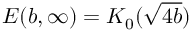
E ( b , \infty ) = K _ { 0 } ( \sqrt { 4 b } )